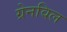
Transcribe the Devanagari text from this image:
ग्रेनविल